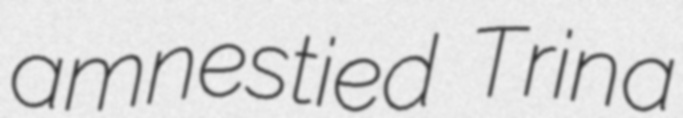
amnestied Trina